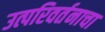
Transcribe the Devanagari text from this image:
उत्परिवर्तनाचा